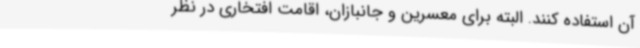
آن استفاده کنند. البته برای معسرین و جانبازان، اقامت افتخاری در نظر